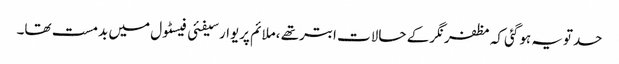
حدتویہ ہوگئی کہ مظفرنگرکے حالات ابترتھے ،ملائم پریوارسیفئی فیسٹول میں بدمست تھا۔